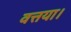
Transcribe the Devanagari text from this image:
वत्तया।